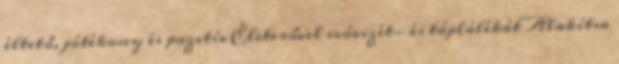
éltető, jótékony és pozitív Életerővel ivóvizét- és táplálékát Alakítsa